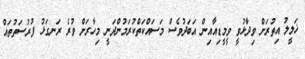
ޚަލީލު އިތުރަށް ވިދާޅުވީ ވީމީޑިއާއިން އަބަދުވެސް މަސައްކަތްކުރަމުންދަނީ މިހާރަށް ވުރެ ރަނގަޅު ފުރުސަތުތައް